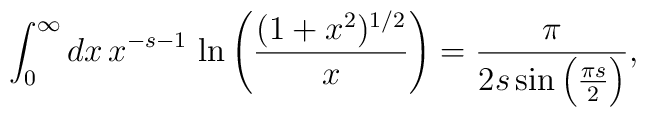
\int_0^{\infty} dx \, x^{-s-1} \, \ln\left(\frac{ (1+x^2)^{1/2} }{x }\right)={\frac{\pi }{2 s \sin\left(\frac{\pi s }{2 }\right) }} ,